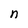
Character: n